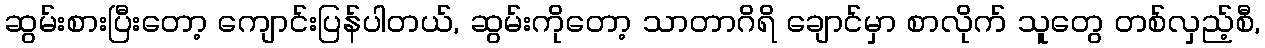
ဆွမ်းစားပြီးတော့ ကျောင်းပြန်ပါတယ်, ဆွမ်းကိုတော့ သာတာဂိရိ ချောင်မှာ စာလိုက် သူတွေ တစ်လှည့်စီ,